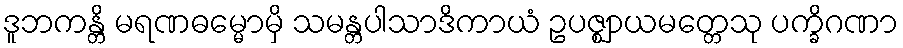
ဒူဘကန္တိ မရဏဓမ္မောမှိ သမန္တပါသာဒိကာယံ ဥပဇ္ဈာယမတ္တေသု ပက္ခိဂဏာ